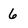
Character: 6